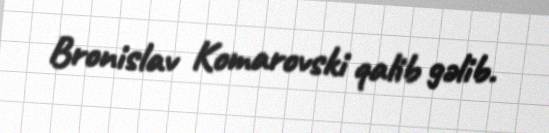
Bronislav Komarovski qalib gəlib.